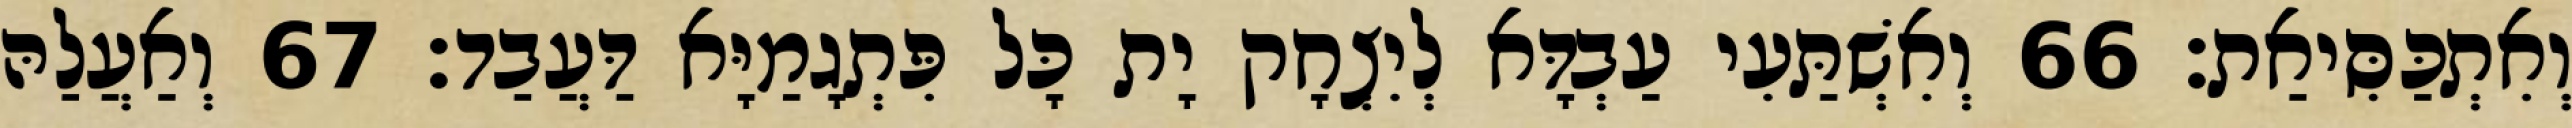
וְאִתְכַּסִּיאַת׃ 66 וְאִשְׁתַּעִי עַבְדָּא לְיִצְחָק יָת כָּל פִּתְגָמַיָּא דַּעֲבַד׃ 67 וְאַעֲלַהּ